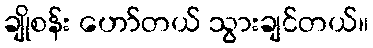
ချိုစန်း ဟော်တယ် သွားချင်တယ်။